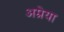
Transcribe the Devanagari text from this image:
अम्रेया